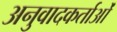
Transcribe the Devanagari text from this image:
अनुवादकर्ताओं